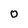
Character: 0